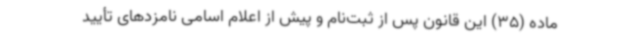
ماده (35) این قانون پس از ثبت‌نام و پیش از اعلام اسامی نامزدهای تأیید